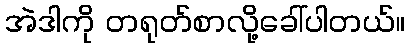
အဲဒါကို တရုတ်စာလို့ခေါ်ပါတယ်။